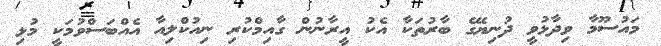
މައުސޫމާ ވިދާޅުވީ ދުނިޔޭގެ ބާރުތަކާ އެކު އީރާނުން ގާއިމްކުރި ނިއުކްލިއާ އެއްބަސްވުމަކީ މުޅި